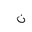
Letter: _non